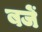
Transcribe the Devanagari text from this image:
बजें